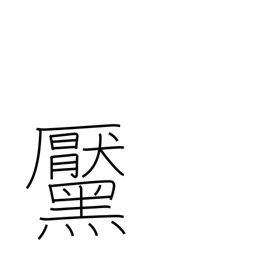
Meaning: mole